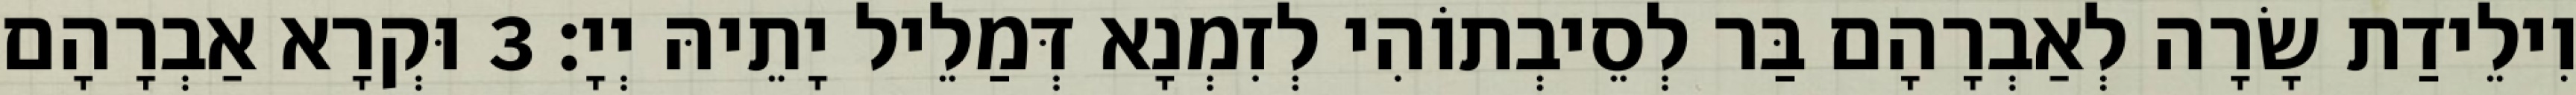
וִילֵידַת שָׂרָה לְאַבְרָהָם בַּר לְסֵיבְתוֹהִי לְזִמְנָא דְּמַלֵיל יָתֵיהּ יְיָ׃ 3 וּקְרָא אַבְרָהָם